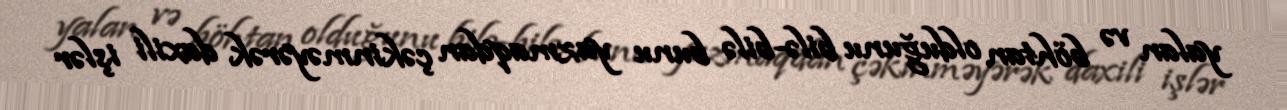
yalan və böhtan olduğunu bilə-bilə bunu yazmaqdan çəkinməyərək daxili işlər